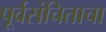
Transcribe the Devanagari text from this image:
पूर्वसंचिताचा